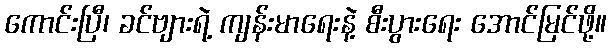
ကောင်းပြီ၊ ခင်ဗျားရဲ့ ကျန်းမာရေးနဲ့ စီးပွားရေး အောင်မြင်ဖို့။